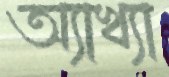
অ্যাখ্যা